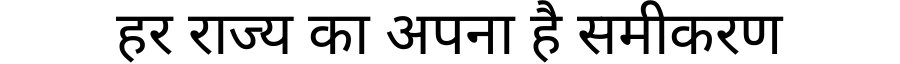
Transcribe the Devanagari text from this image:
हर राज्य का अपना है समीकरण